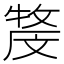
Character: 𤚓